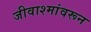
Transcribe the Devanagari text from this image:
जीवाश्मांवरून